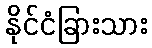
နိုင်ငံခြားသား